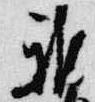
雅